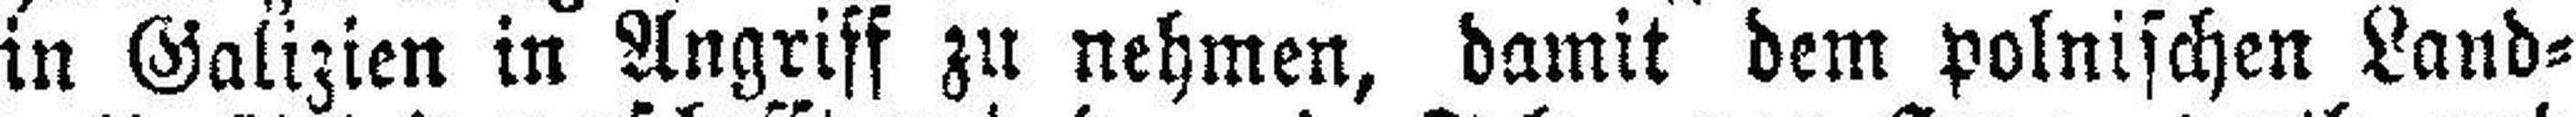
in Galizien in Angriff zu nehmen, damit dem polnischen Land¬